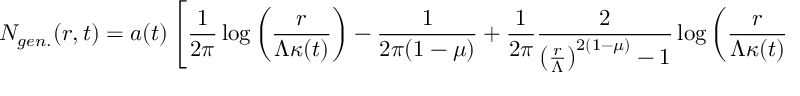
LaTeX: N _ { g e n . } ( r , t ) = a ( t ) \left[ \frac { 1 } { 2 \pi } \log \left( \frac { r } { \Lambda \kappa ( t ) } \right) - \frac { 1 } { 2 \pi ( 1 - \mu ) } + \frac { 1 } { 2 \pi } \frac { 2 } { \left( \frac { r } { \Lambda } \right) ^ { 2 ( 1 - \mu ) } - 1 } \log \left( \frac { r } { \Lambda \kappa ( t ) } \right) \right] .